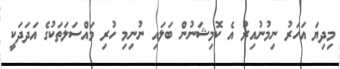
މިދިޔަ އަހަރު ނިމުނުއިރު އެ ކޮމިޝަނުން ބަލައި ނުނިމި ހުރި މައްސަލަތަކުގެ އަދަދަކީ